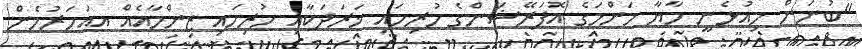
"ބުނަން މިއުޅެނީ މާޔާ މަންމަގެ އޮޕަރޭޝަންގެ ހުރިހައި ޚަރަދަކާއި ހުރިހައި ޒިންމާއެއް އއަހަރުމެން